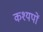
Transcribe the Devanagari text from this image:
कश्यपों